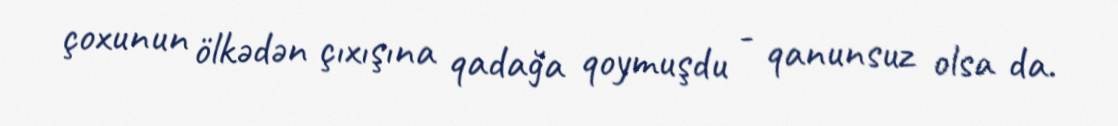
çoxunun ölkədən çıxışına qadağa qoymuşdu - qanunsuz olsa da.